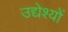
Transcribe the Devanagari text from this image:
उद्येश्यों